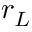
r _ { L }